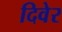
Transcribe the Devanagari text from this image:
दिवेर